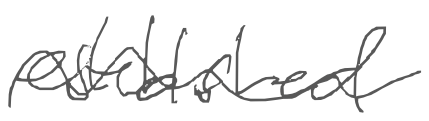
Text: established
Cross-out: mix
Writing tool: digital_gray